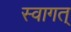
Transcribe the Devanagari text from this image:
स्वागत्